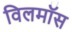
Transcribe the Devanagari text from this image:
विलमॉस